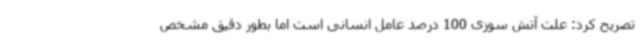
تصریح کرد: علت آتش سوزی 100 درصد عامل انسانی است اما بطور دقیق مشخص